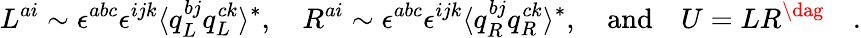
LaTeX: L^{ai}\sim\epsilon^{abc}\epsilon^{ijk}\langle q_{L}^{bj}q_{L}^{ck}\rangle^{*},\quad R^{ai}\sim\epsilon^{abc}\epsilon^{ijk}\langle q_{R}^{bj}q_{R}^{ck}\rangle^{*},\quad\mathrm{and}\quad U=LR^{\dag}\quad.